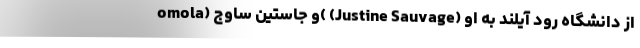
omola) و جاستین ساوج( (Justine Sauvage) از دانشگاه رود آیلند به او